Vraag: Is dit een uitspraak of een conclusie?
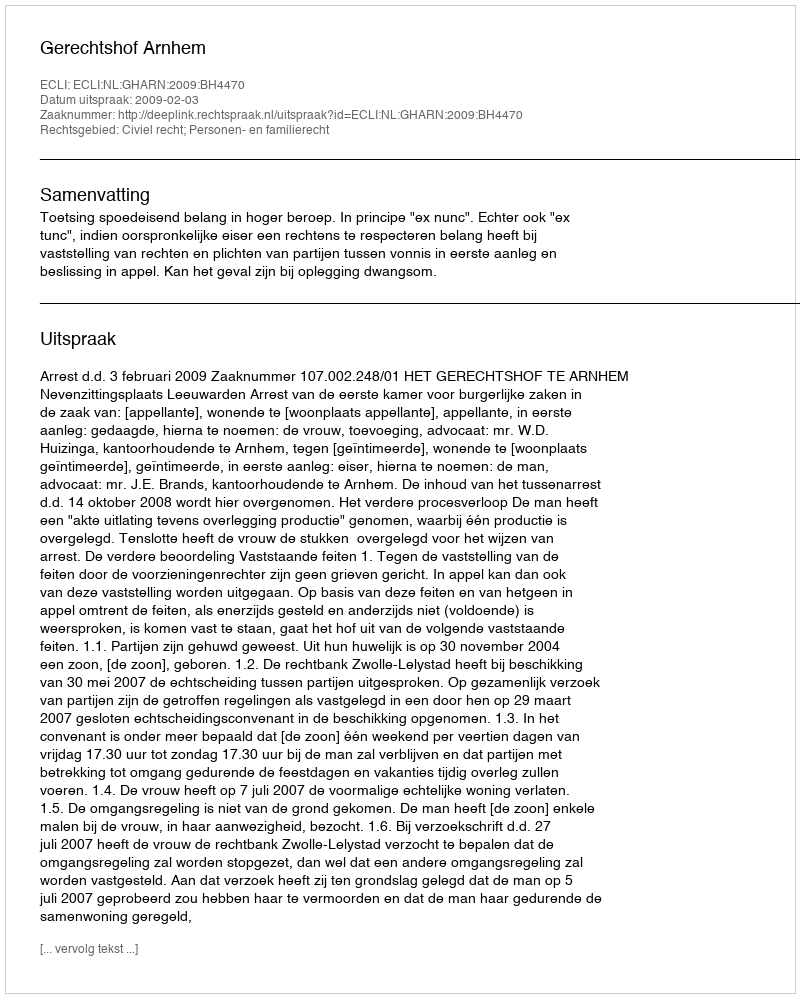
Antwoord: Uitspraak